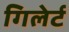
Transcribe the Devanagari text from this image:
गिलेर्ट